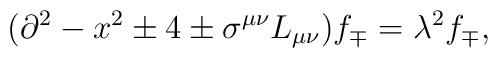
(\partial^2 - x^2 \pm 4 \pm \sigma^{\mu\nu}L_{\mu\nu})f_\mp = \lambda^2 f_\mp,